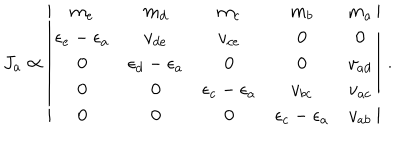
LaTeX: J _ { a } \propto \left| \begin{array} { c c c c c } { { m _ { e } } } & { { m _ { d } } } & { { m _ { c } } } & { { m _ { b } } } & { { m _ { a } } } \\ { { \epsilon _ { e } - \epsilon _ { a } } } & { { v _ { d e } } } & { { v _ { c e } } } & { { 0 } } & { { 0 } } \\ { { 0 } } & { { \epsilon _ { d } - \epsilon _ { a } } } & { { 0 } } & { { 0 } } & { { v _ { a d } } } \\ { { 0 } } & { { 0 } } & { { \epsilon _ { c } - \epsilon _ { a } } } & { { v _ { b c } } } & { { v _ { a c } } } \\ { { 0 } } & { { 0 } } & { { 0 } } & { { \epsilon _ { c } - \epsilon _ { a } } } & { { v _ { a b } } } \\ \end{array} \right| \, .